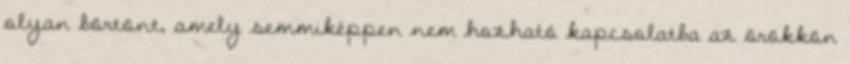
olyan börtönt, amely semmiképpen nem hozható kapcsolatba az örökkön